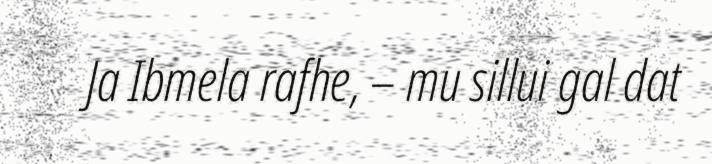
Ja Ibmela rafhe, – mu sillui gal dat